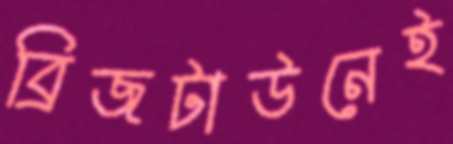
ব্রিজটাউনেই